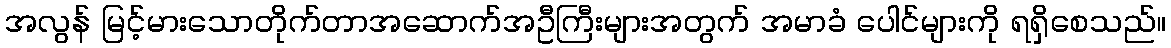
အလွန် မြင့်မားသောတိုက်တာအဆောက်အဦကြီးများအတွက် အမာခံ ပေါင်များကို ရရှိစေသည်။